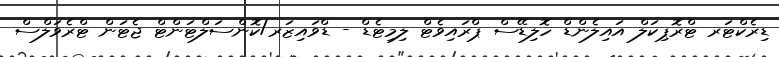
ޑިރެކްޓަރ ޓްރޮޕިކަލް އައިލެންޑް ހޮލިޑޭސް ޕްރައިވެޓް ލިމިޓެޑް - ޑްވައިޒަރ/ކޮންސަލްޓަންޓް ޖެޓަން ޓްރެވަލްސް